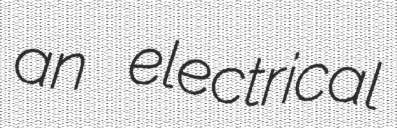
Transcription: an electrical